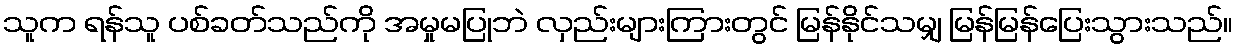
သူက ရန်သူ ပစ်ခတ်သည်ကို အမှုမပြုဘဲ လှည်းများကြားတွင် မြန်နိုင်သမျှ မြန်မြန်ပြေးသွားသည်။